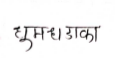
मजकूर: धुमधडाका